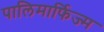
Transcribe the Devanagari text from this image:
पालिमार्फिज्म